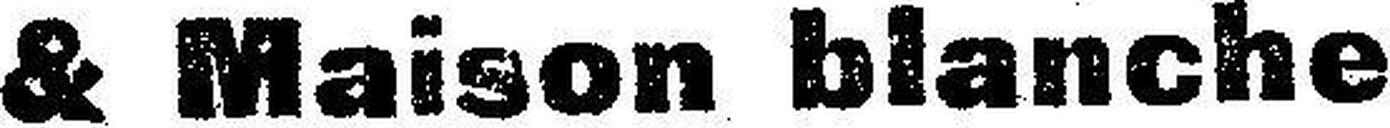
& Maison blanche